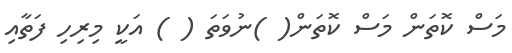
މަސް ކޮތަން މަސް ކޮތަން( )ނުވަތަ ( ) އަކީ މިރިހި ފަތާއި